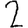
Digit: 2